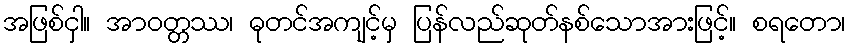
အဖြစ်ငှါ။ အာဝတ္တဿ၊ ဓုတင်အကျင့်မှ ပြန်လည်ဆုတ်နစ်သောအားဖြင့်။ စရတော၊